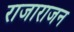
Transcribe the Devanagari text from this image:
राजाराजन